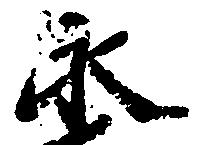
永